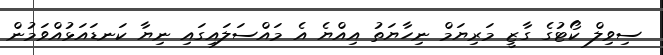
ސިވިލް ކޯޓުގެ ގާޒީ މަރިޔަމް ނިހާޔަތު އިއްޔެ އެ މައްސަލައިގައި ނިޔާ ކަނޑައަޅުއްވަމުން